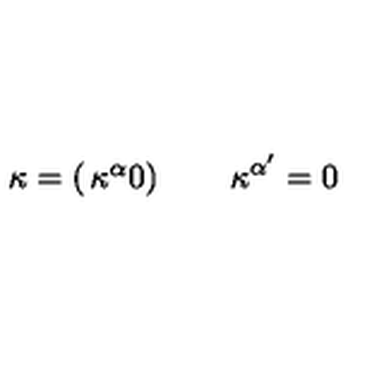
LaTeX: \kappa = \left( \begin{matrix} { \kappa ^ { \alpha } } \\ { 0 } \\ \end{matrix} \right) \qquad \kappa ^ { \alpha ^ { \prime } } = 0